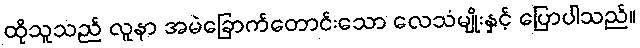
ထိုသူသည် လူနာ အမဲခြောက်တောင်းသော လေသံမျိုးနှင့် ပြောပါသည်။